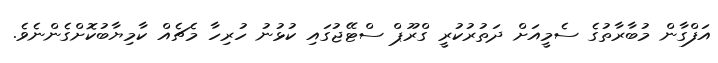
އަފްގާން މުބާރާތުގެ ސެމީއަށް ދަތުރުކުރީ ގްރޫޕް ސްޓޭޖުގައި ކުޅުނު ހުރިހާ މެޗެއް ކާމިޔާބުކޮށްގެންނެވެ.